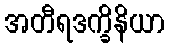
အတီရဒက္ခိနိယာ